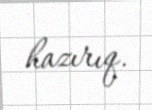
hazırıq.